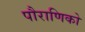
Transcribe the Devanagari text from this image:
पौराणिको